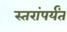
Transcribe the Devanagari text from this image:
स्तरांपर्यंत